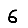
Digit: 6